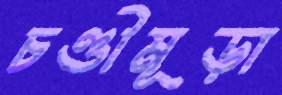
চণ্ডীমূড়া